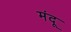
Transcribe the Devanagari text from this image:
मंदू